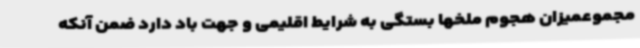
مجموعمیزان هجوم ملخها بستگی به شرایط اقلیمی و جهت باد دارد ضمن آنکه